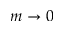
m \to 0